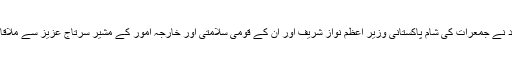
افغان وفد نے جمعرات کی شام پاکستانی وزیر اعظم نواز شریف اور ان کے قومی سلامتی اور خارجہ امور کے مشیر سرتاج عزیز سے ملاقاتیں کیں۔